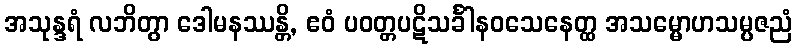
အသုန္ဒရံ လဘိတွာ ဒေါမနဿန္တိ, ဧဝံ ပဝတ္တပဋိသင်္ခါနဝသေနေတ္ထ အသမ္မောဟသမ္ပဇညံ